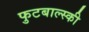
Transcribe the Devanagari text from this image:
फुटबाल्स्की